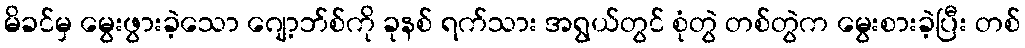
မိခင်မှ မွေးဖွားခဲ့သော ဂျော့ဘ်စ်ကို ခုနစ် ရက်သား အရွယ်တွင် စုံတွဲ တစ်တွဲက မွေးစားခဲ့ပြီး တစ်